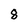
Character: 8